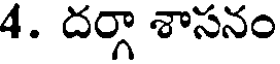
4. దర్గా శాసనం